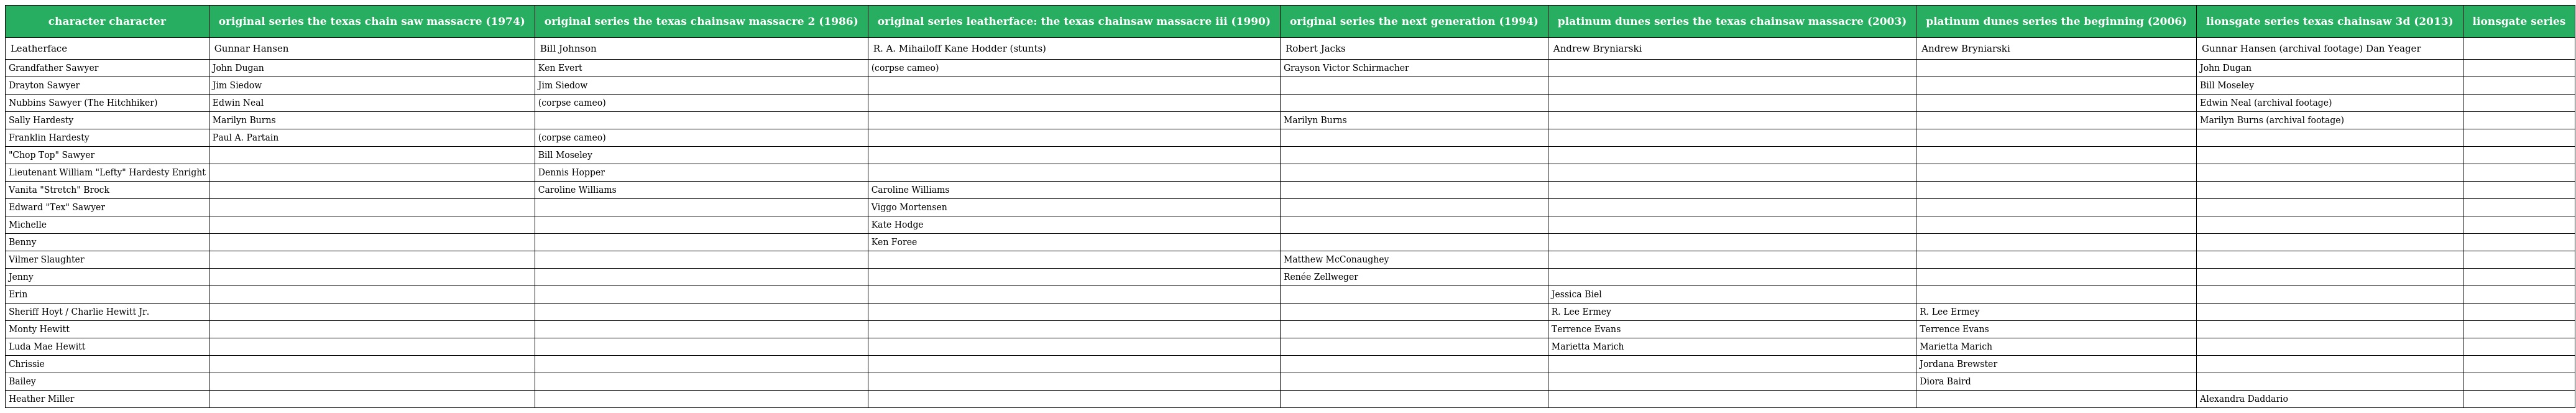
| character character | original series the texas chain saw massacre (1974) | original series the texas chainsaw massacre 2 (1986) | original series leatherface: the texas chainsaw massacre iii (1990) | original series the next generation (1994) | platinum dunes series the texas chainsaw massacre (2003) | platinum dunes series the beginning (2006) | lionsgate series texas chainsaw 3d (2013) | lionsgate series |
 | --- | --- | --- | --- | --- | --- | --- | --- | --- |
 | Leatherface | Gunnar Hansen | Bill Johnson | R. A. Mihailoff Kane Hodder (stunts) | Robert Jacks | Andrew Bryniarski | Andrew Bryniarski | Gunnar Hansen (archival footage) Dan Yeager |  |
 | Grandfather Sawyer | John Dugan | Ken Evert | (corpse cameo) | Grayson Victor Schirmacher |  |  | John Dugan |  |
 | Drayton Sawyer | Jim Siedow | Jim Siedow |  |  |  |  | Bill Moseley |  |
 | Nubbins Sawyer (The Hitchhiker) | Edwin Neal | (corpse cameo) |  |  |  |  | Edwin Neal (archival footage) |  |
 | Sally Hardesty | Marilyn Burns |  |  | Marilyn Burns |  |  | Marilyn Burns (archival footage) |  |
 | Franklin Hardesty | Paul A. Partain | (corpse cameo) |  |  |  |  |  |  |
 | "Chop Top" Sawyer |  | Bill Moseley |  |  |  |  |  |  |
 | Lieutenant William "Lefty" Hardesty Enright |  | Dennis Hopper |  |  |  |  |  |  |
 | Vanita "Stretch" Brock |  | Caroline Williams | Caroline Williams |  |  |  |  |  |
 | Edward "Tex" Sawyer |  |  | Viggo Mortensen |  |  |  |  |  |
 | Michelle |  |  | Kate Hodge |  |  |  |  |  |
 | Benny |  |  | Ken Foree |  |  |  |  |  |
 | Vilmer Slaughter |  |  |  | Matthew McConaughey |  |  |  |  |
 | Jenny |  |  |  | Renée Zellweger |  |  |  |  |
 | Erin |  |  |  |  | Jessica Biel |  |  |  |
 | Sheriff Hoyt / Charlie Hewitt Jr. |  |  |  |  | R. Lee Ermey | R. Lee Ermey |  |  |
 | Monty Hewitt |  |  |  |  | Terrence Evans | Terrence Evans |  |  |
 | Luda Mae Hewitt |  |  |  |  | Marietta Marich | Marietta Marich |  |  |
 | Chrissie |  |  |  |  |  | Jordana Brewster |  |  |
 | Bailey |  |  |  |  |  | Diora Baird |  |  |
 | Heather Miller |  |  |  |  |  |  | Alexandra Daddario |  |